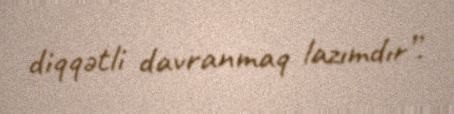
diqqətli davranmaq lazımdır”.